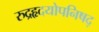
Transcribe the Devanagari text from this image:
रुद्रहृदयोपनिषद्